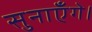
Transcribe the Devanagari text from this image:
सुनाएँगे।